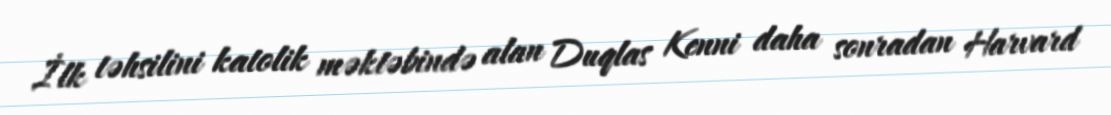
İlk təhsilini katolik məktəbində alan Duqlas Kenni daha sonradan Harvard